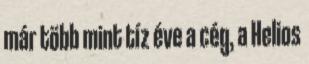
már több mint tíz éve a cég, a Helios